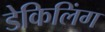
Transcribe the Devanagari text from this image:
डेकिलिंग